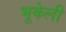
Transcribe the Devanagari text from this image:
भूकेली